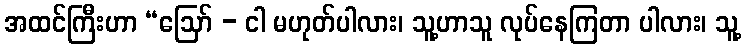
အထင်ကြီးဟာ “ဩော် - ငါ မဟုတ်ပါလား၊ သူ့ဟာသူ လုပ်နေကြတာ ပါလား၊ သူ့